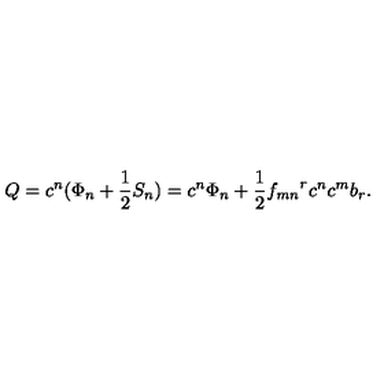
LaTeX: Q = c ^ { n } ( \Phi _ { n } + \frac { 1 } { 2 } S _ { n } ) = c ^ { n } \Phi _ { n } + \frac { 1 } { 2 } { f _ { m n } } ^ { r } c ^ { n } c ^ { m } b _ { r } .